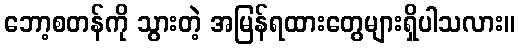
ဘော့စတန်ကို သွားတဲ့ အမြန်ရထားတွေများရှိပါသလား။